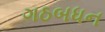
ગઠબધન